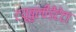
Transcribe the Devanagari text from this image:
टयूबुलीडेंटेटा